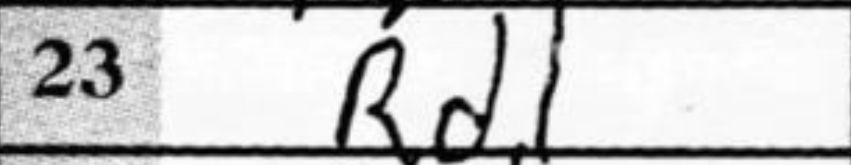
Transcription: Rd1